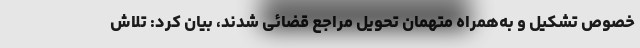
خصوص تشکیل و به‌همراه متهمان تحویل مراجع قضائی شدند، بیان کرد: تلاش